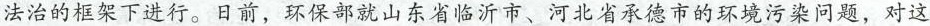
法治的框架下进行。日前，环保部就山东省临沂市、河北省承德市的环境污染问题，对这